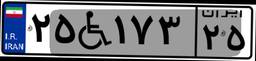
۲۵W۱۷۳۲۵